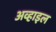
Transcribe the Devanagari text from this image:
अव्हाइल